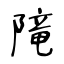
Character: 𨻫